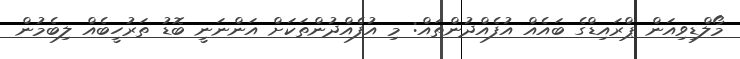
މޯލްޑިވިއަން ޕްރައިޑްގެ ބައެއް އުފެއްދުންތައް: މި އުފެއްދުންތަކަށް އަންނަނީ ބޮޑު ތަރުހީބެއް ލިބެމުން